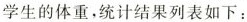
学生的体重，统计结果列表如下：